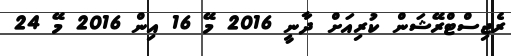
ރެޖިސްޓްރޭޝަން ކުރިއަށް ދާނީ 2016 މޭ 16 އިން 2016 މޭ 24